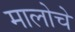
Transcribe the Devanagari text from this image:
मालोचे